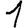
Digit: 1